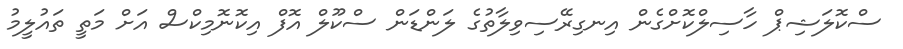
ސްކޮލަޝިޕް ހާސިލްކޮށްގެން އިނގިރޭސިވިލާތުގެ ލަންޑަން ސްކޫލް އޮފް އިކޮނޮމިކްސް އަށް މަތީ ތައުލީމު